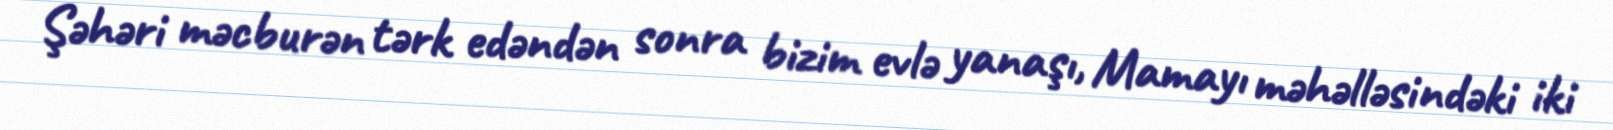
Şəhəri məcburən tərk edəndən sonra bizim evlə yanaşı, Mamayı məhəlləsindəki iki